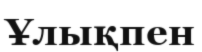
Ұлықпен